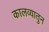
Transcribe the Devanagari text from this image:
कालव्यातुन